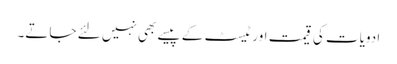
ادویات کی قیمت اور ٹیسٹ کے پیسے بھی نہیں لئے جاتے۔